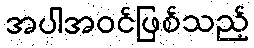
အပါအဝင်ဖြစ်သည့်